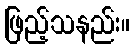
ဖြည့်သနည်း။